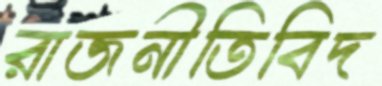
রাজনীতিবিদ